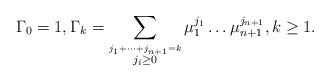
LaTeX: \begin{align*} \Gamma_0=1, \Gamma_k=\displaystyle\sum_{\stackrel{j_1+\cdots+j_{n+1}=k}{j_i\geq 0}}\mu_{1}^{j_{1}}\ldots\mu_{n+1}^{j_{n+1}},k\geq 1.\end{align*}